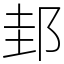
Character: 邽